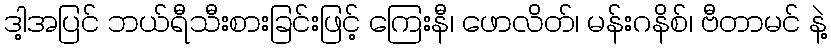
ဒါ့အပြင် ဘယ်ရီသီးစားခြင်းဖြင့် ကြေးနီ၊ ဖောလိတ်၊ မန်းဂနိစ်၊ ဗီတာမင် နဲ့